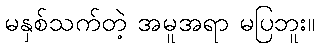
မနှစ်သက်တဲ့ အမူအရာ မပြဘူး။